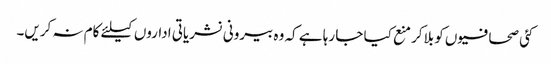
کئی صحافیوں کو بلاکر منع کیا جا رہا ہے کہ وہ بیرونی نشریاتی اداروں کیلئے کام نہ کریں۔